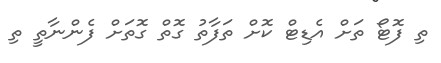
ތި ފޮޓޯ ތަށް އެޑިޓް ކޮށް ތަފާތު ގޮތް ގޮތަށް ފެންނާތީ ތި